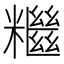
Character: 𥽖